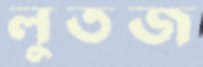
লুতজ